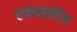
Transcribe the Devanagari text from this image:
एंथेसाइटिस